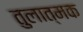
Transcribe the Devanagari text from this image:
तुलात्मक